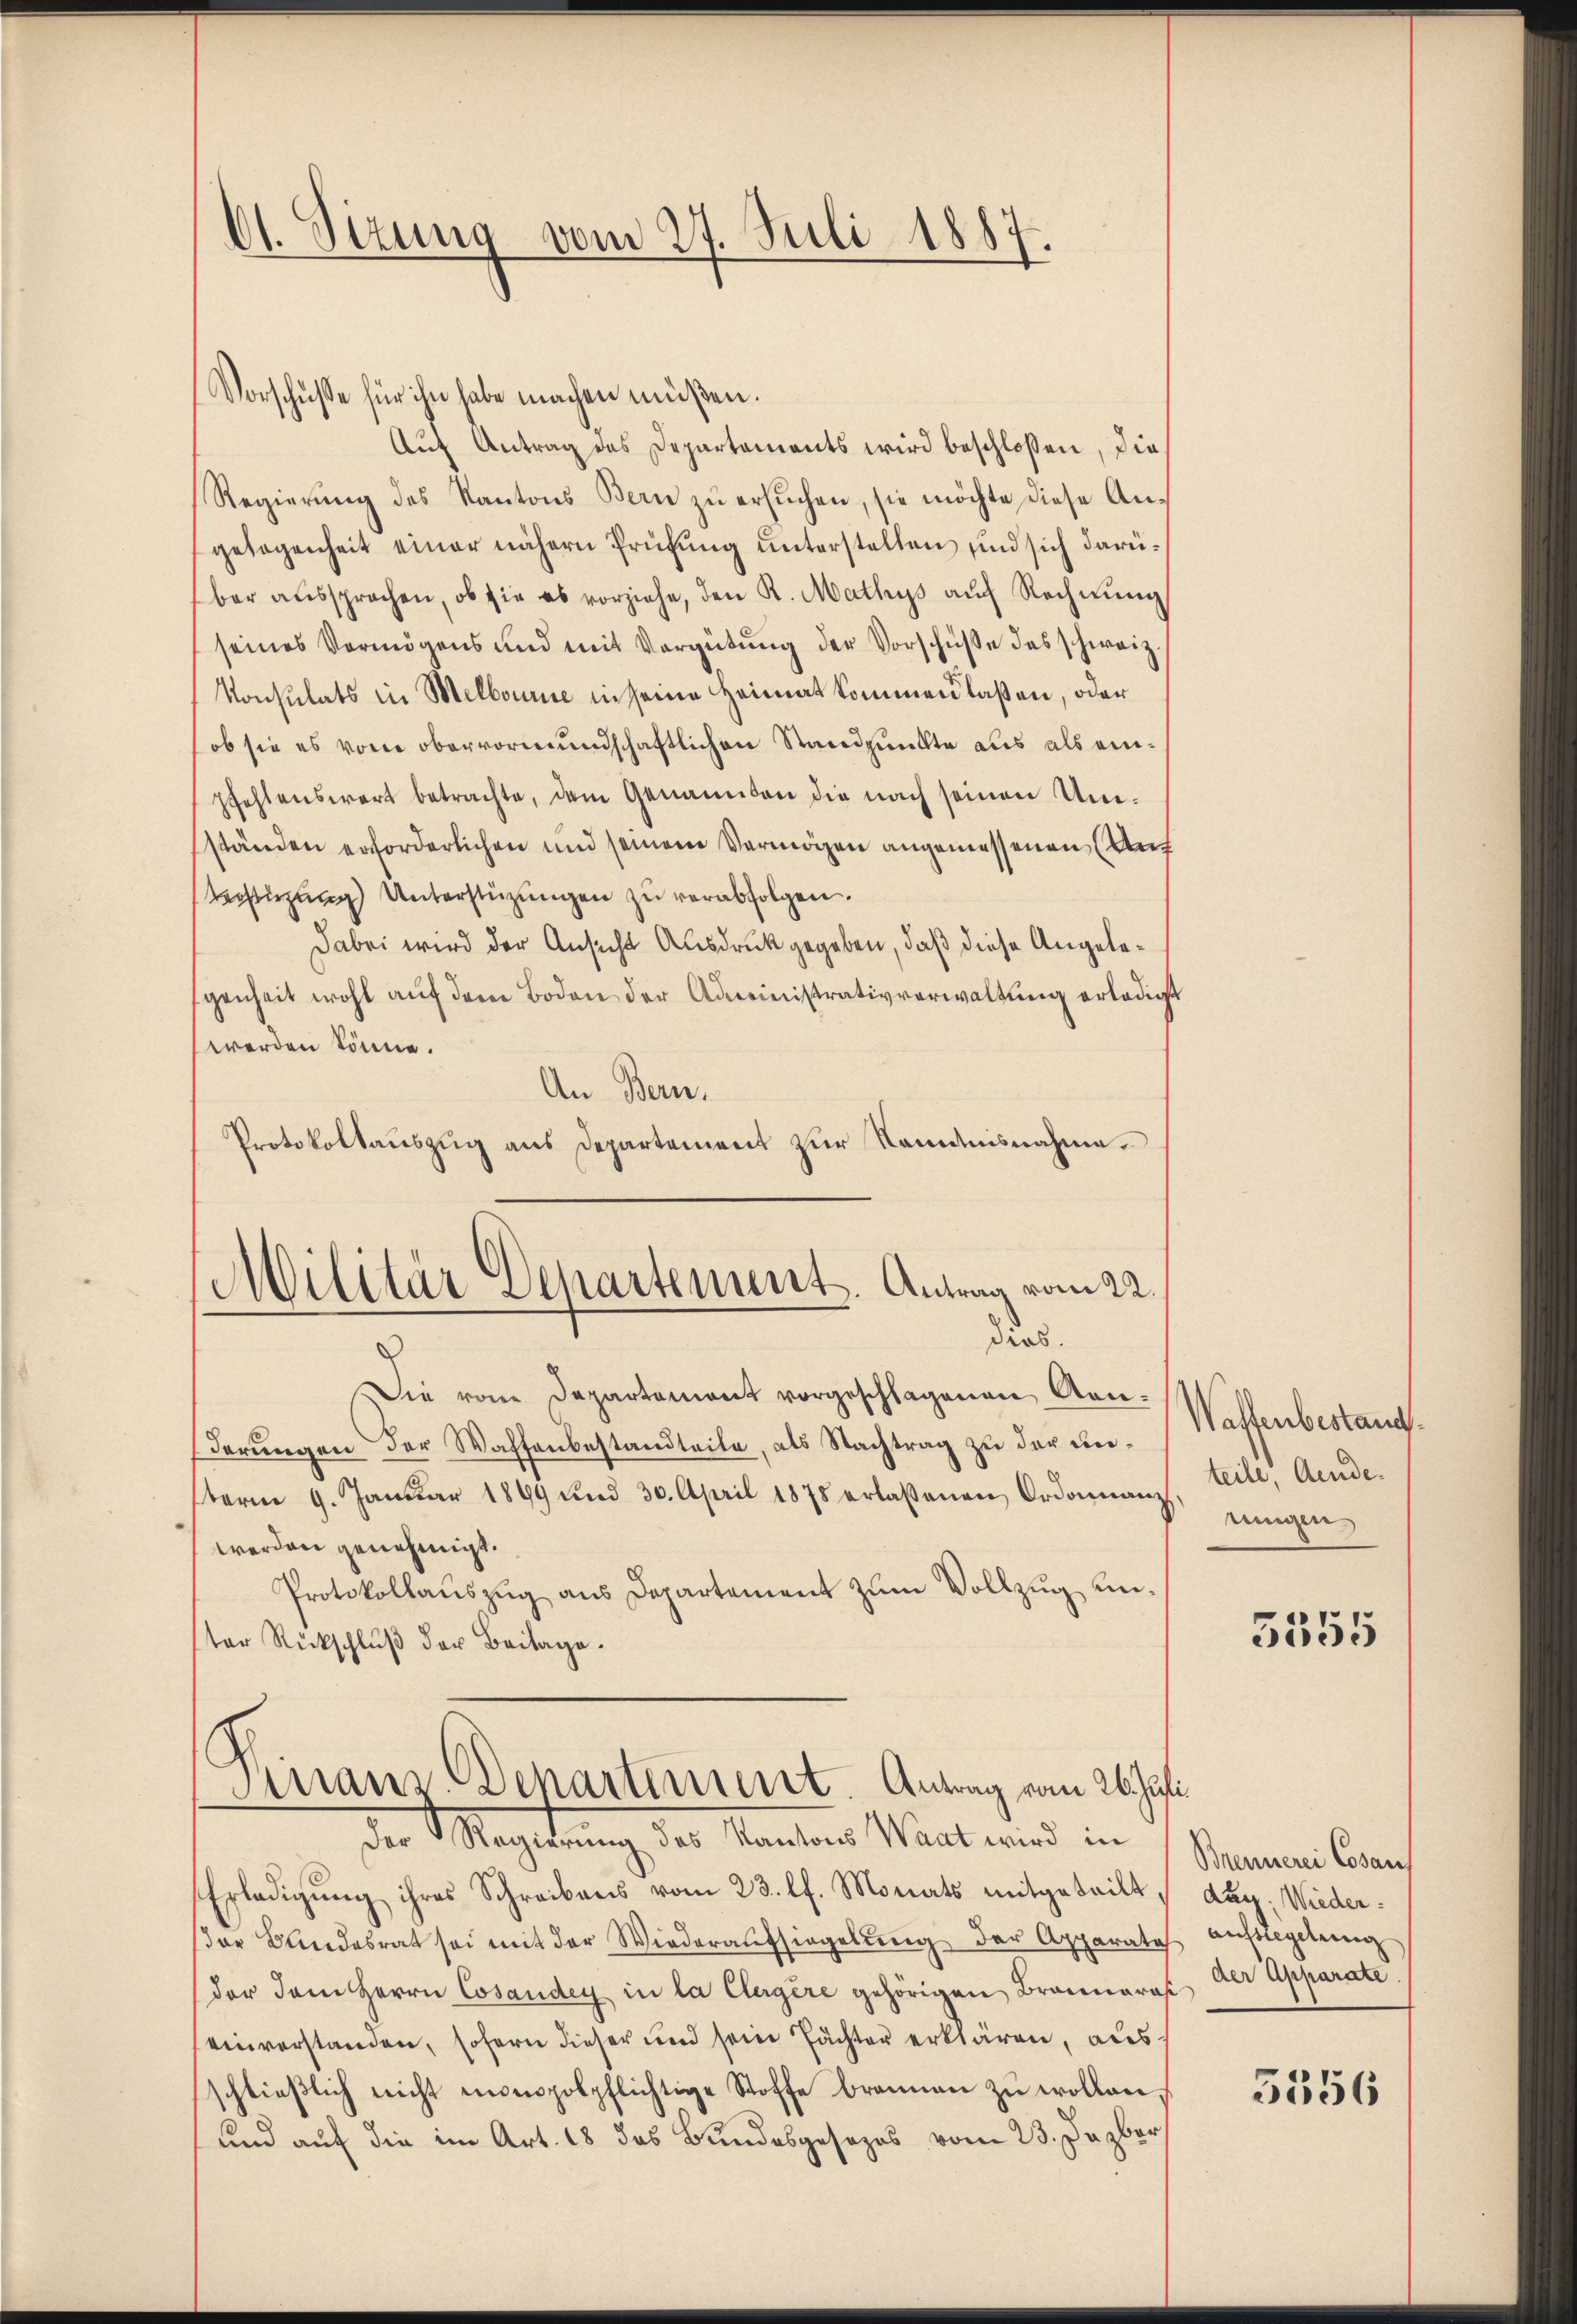
Ol. Sizung vom 27. Juli 1887.

Vorschüsse für ihn habe machen müßen.
Auf Antrag des Departements wird beschlossen, dies
Regierung des Kantons Bern zu ersuchen, sie möchte diese Angelegenheit einer nähern Prüfung unterstellen und sich darüber aussprechen, ob sie es vorziehe, den R. Mathys aŭf Rechnŭng
seines Vermögens und mit Vergütung der Vorschüße das schweiz.
Konsulats in Melbourse in seine Heimat kommen laßen, oder
ob sie es vom obervormundschaftlichen Standpunkte aus als einpfehlenswert betrachte, dem Genannten die nach seinen Umständen erforderlichen und seinem Vermögen angemessenen (Auf
Verstüzung Unterstüzungen zu verabfolgen.
Dabei wird der Ansicht Ausdruck gegeben, daß diese Angelegenheit wohl aŭf dem Boden der Administrativverwaltung erledigt
werden könne.
An Bern.
Protokollauszug aus Departement zur Romanisnahme.
Militär Separtement. Antrag vom 22.
dies.
Die vom Departemont vorgeschlagenen An-
derungen der Waffenbestandteile, als Nachtrag zu der unterm 9. Januar 1899 und 30. April 1878 erlassenen Ordonanz
werden genehmigt.
Protokollauszug aus Departement zum Vollzug unter Rückschlŭβ der Beitage.
Finanz. Departement Antrag vom 26. Juli

der Magierung, der Standen Wert wird in 1 Stimmen kann
Erledigŭng ihres Schreibens vom 23. lf. Monats mitgeteilt, Aug. Wieder¬
(der Bundesrat sei mit der Wiederaŭfsiegelŭng der Apparatis aufsregelung
der dem Herrn Cosaudey in la Clergere gehörigen Brannaras. Der Apparate
einverstanden, sofern dieser und sein Tächter erklären, aus
schlieβlich nicht monopolpflichtige Stoffe brannen zŭ wollen,
und auf die im Art. 18 das Bundesgesezes vom 23. Dazbor

Waffenbestand.
teile, Ande
ringen

5555

5356